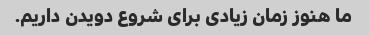
ما هنوز زمان زیادی برای شروع دویدن داریم.